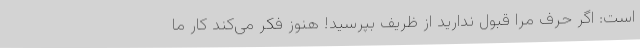
است: اگر حرف مرا قبول ندارید از ظریف بپرسید! هنوز فکر می‌کند کار ما